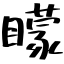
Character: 矇